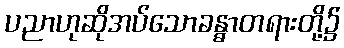
ပညာဟုဆိုအပ်သောခန္ဓာတရားတို့၌